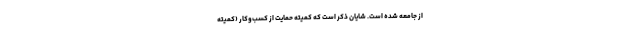
از جامعه شده است. شایان ذکر است که کمیته حمایت از کسب‌وکار (کمیته